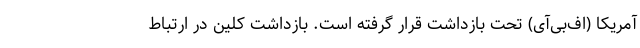
آمریکا (اف‌بی‌آی) تحت بازداشت قرار گرفته است. بازداشت کلین در ارتباط